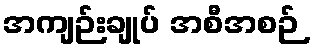
အကျဉ်းချုပ် အစီအစဉ်